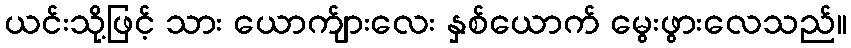
ယင်းသို့ဖြင့် သား ယောက်ျားလေး နှစ်ယောက် မွေးဖွားလေသည်။